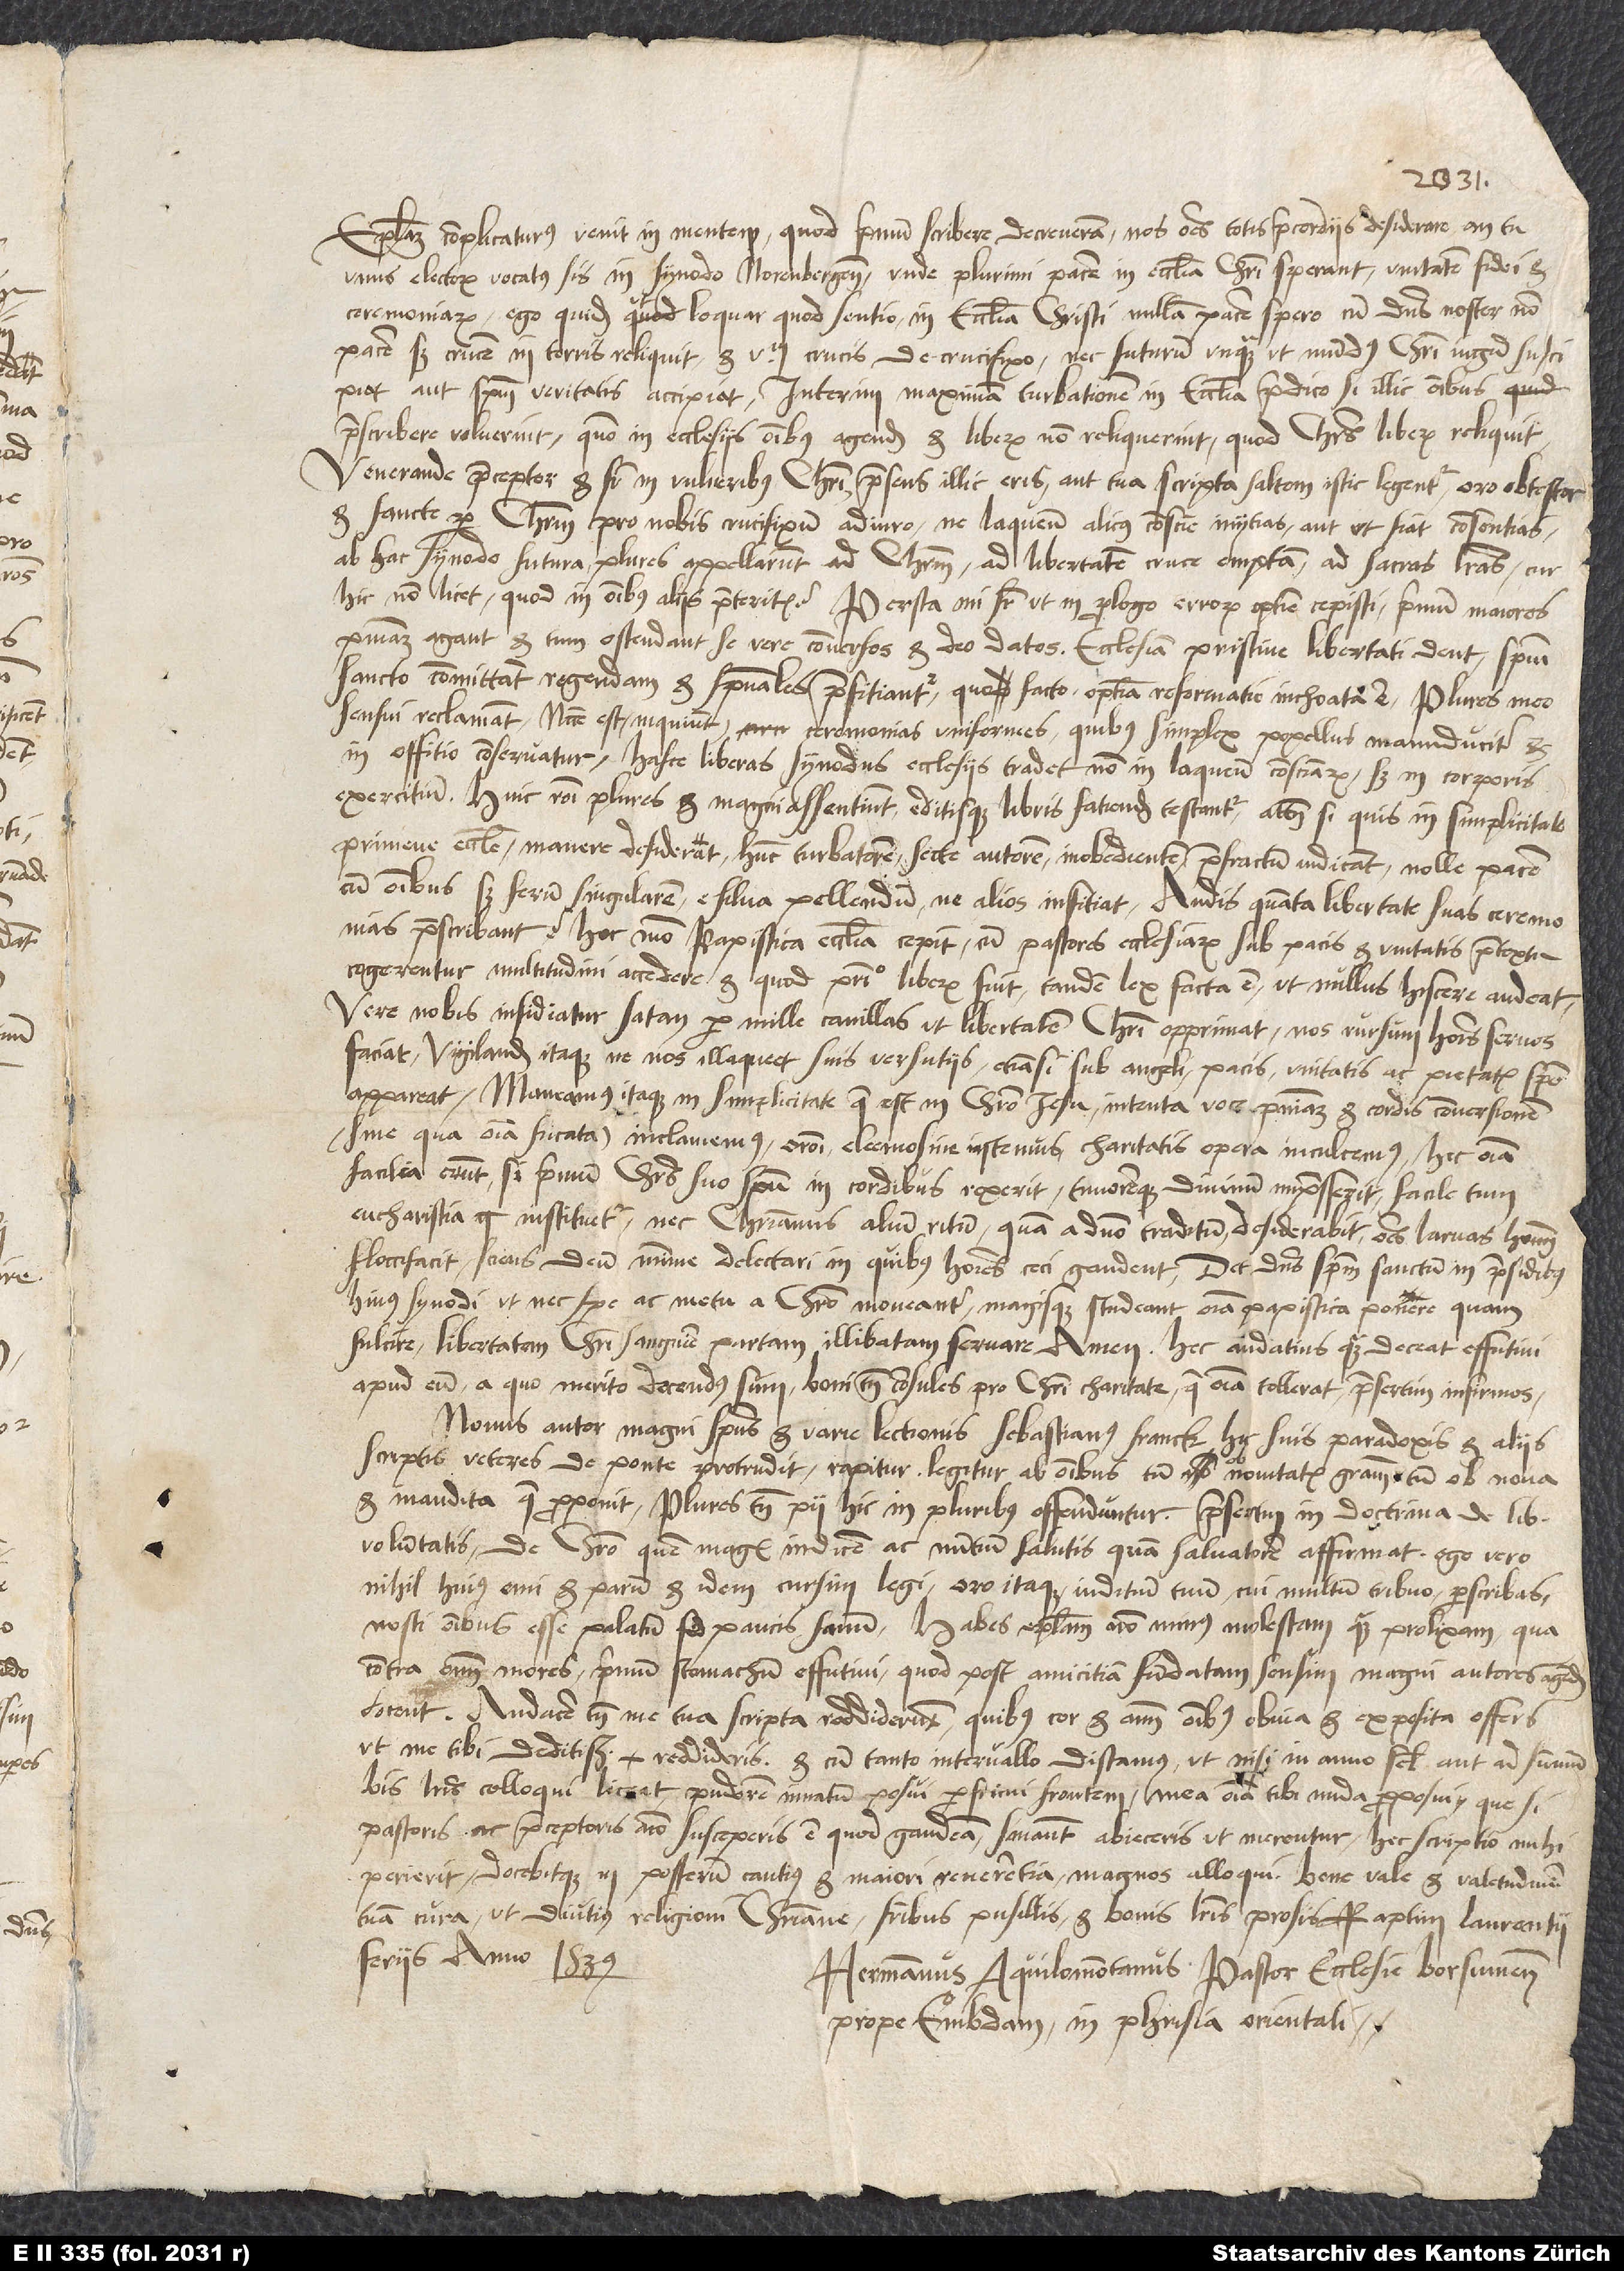
Epistolam complicaturus venit in mentem, quod primum scribere decreveram nos omnes totis praecordiis desiderare, an tu
unus electorum vocatus sis in synodo Norenbergensi, unde plurimi pacem in ecclesia Christi sperant, unitatem fidei et
ceremoniarum. Ego quidem, ut loquar, quod sentio, in ecclesia Christi nullam pacem spero, cum dominus noster non
pacem, sed crucem in terris reliquit et verbum crucis de crucifixo, nec futurum unquam, ut mundus Christi iugum suscipiat
aut spiritum veritatis accipiat. Interim maximam turbationem in ecclesia praedico, si illic omnibus
praescribere voluerint, quomodo in ecclesiis omnibus agendum, et liberum non reliquerint, quod Christus liberum reliquit.
Venerande praeceptor et frater in vulneribus Christi, praesens illic eris aut tua scripta saltem istic legentur; oro, obtestor
et sancte per Christum pro nobis crucifixum adiuro, ne laqueum alicuius conscientie iniitias aut, ut fiat, consentias.
Ab hac synodo futura plures appellarunt ad Christum, ad libertatem cruce emptam, ad sacras litteras; cur
hic non licet, quod in omnibus aliis praeteritis? Persta, mi frater, ut in prologo Errorum optime cepisti. Primum maiores
poenitentiam agant et tum ostendant se vere conversos et deo datos. Ecclesiam pristine libertati dent, spiritui
sancto committant regendam et spirituales praefitiantur, quo facto optima reformatio inchoata est. Plures meo
sensui reclamant. „Necesse est“, inquiunt, „ceremonias uniformes, quibus simplex popellus manuducitur et
in offitio conservatur; hasce liberas synodus ecclesiis tradet non in laqueum conscientiarum, sed in corporis
exercitium.“ Huic rationi plures et magni assentiunt editisque libris fatiendum testantur. Attamen, si quis in simplicitate
primeve ecclesie manere desiderat, hunc turbatorem, secte autorem, inobedientem, praefractum iudicant, nolle pacem
cum omnibus, sed ferum singularem e silva pellendum, ne alios infitiat. Audis, quanta libertate suas ceremonias
praescribant? Hoc modo papistica ecclesia cepit, cum pastores ecclesiarum sub pacis et unitatis praetextu
cogerentur multitudini accedere, et quod principio liberum fuit, tandem lex facta est, ut nullus hiscere audeat.
Vere nobis insidiatur satan per mille cavillas, ut libertatem Christi opprimat, nos rursum homines servos
faciat. Vigilandum itaque, ne nos illaqueet suis versutiis, etiamsi sub angeli, pacis, unitatis ac pietatis specie
appareat. Maneamus itaque in simplicitate, quae est in Christo Iesu, intenta voce poenitentiam et cordis conversionem
(sine qua omnia fucata) inclamemus, orationi, eleemosine instemus, charitatis opera inculcemus. Hec omnia
facilia erunt, si primum Christus suo spiritu in cordibus rexerit timoremque divinum impresserit, facile tum
eucharistia instituetur, nec christianus alium ritum quam a domino traditum desiderabit, omnes larvas hominum
floccifacit sciens deum minime delectari, in quibus homines ceci gaudent. Det dominus spiritum sanctum in praesidibus
huius synodi, ut nec spe ac metu a Christo moveantur magisque studeant omnia papistica ponere quam
fulcire, libertatem Christi sanguine partam illibatam servare. Amen. Hec audatius quam deceat effutivi
apud eum, a quo merito docendus sum; boni tamen consules pro Christi charitate, quae omnia tollerat, praesertim infirmos.
Novus autor magni spiritus et varie lectionis, Sebastianus Franck, hic suis Paradoxis et aliis
scriptis veteres de ponte protrudit; rapitur, legitur ab omnibus tum ob novitatis gratiam, tum ob nova
et inaudita, quae proponit. Plures tamen pii hic in pluribus offenduntur, praesertim in doctrina de libertate
voluntatis, de Christo, quem magis indicem ac nuntium salutis quam salvatorem affirmat. Ego vero
nihil huius emi et parum et idem cursim legi. Oro itaque, iuditium tuum, cui multum tribuo, perscribas.
Nosti omnibus esse palatum, sed paucis sanum. Habes epistolam non minus molestam quam prolixam, qua
contra omnes mores primum stomachum effutivi, quod post amicitiam fundatam sensim magni autores agendum
docent. Audacem tamen me tua scripta reddiderunt, quibus cor et animum omnibus obvia et exposita offers,
ut me tibi deditissimum reddideris. Et cum tanto intervallo distamus, ut nisi in anno semel aut ad summum
bis litteris colloqui liceat, pudorem innatum posui, perfricui frontem, mea omnia tibi nuda proposui. Que si
pastoris ac praeceptoris animo susceperis, est, quod gaudeam; sin autem abieceris, ut merentur, hec scriptio mihi
perierit docebitque in posterum cautius et maiore reverentia magnos alloqui. Bene vale et valetudinem
tuam cura, ut diutius religioni christiane, fratribus pusillis et bonis litteris prosis. Raptim, Laurentii
feriis anno 1539.
Hermannus Aquilomontanus, pastor ecclesie Borsumensis
prope Embdam in Phrisia orientali.